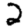
Digit: 2